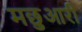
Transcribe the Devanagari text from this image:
मछुआरी